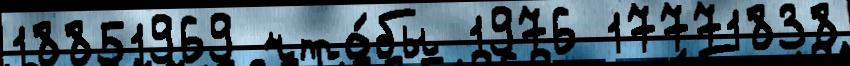
18851969 что́бы 1976 17771838